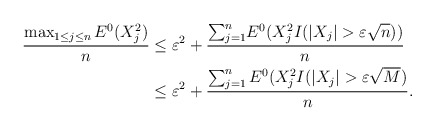
\begin{align*}\frac{\max_{1\leq j\leq n}E^{0}(X_{j}^{2})}{n} & \leq\varepsilon^{2}+\frac{{\sum\nolimits_{j=1}^{n}}E^{0}(X_{j}^{2}{I(|X_{j}|>\varepsilon}\sqrt{n}))}{n}\\& \leq\varepsilon^{2}+\frac{{\sum\nolimits_{j=1}^{n}E^{0}(X_{j}^{2}I(|X_{j}|>\varepsilon}\sqrt{M}{)}}{n}.\end{align*}